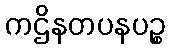
ကဌိနတပနပဉ္စ